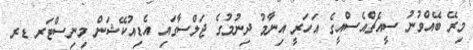
މިރޭ ބޭއްވުނު ސީއެޗްއެސްއީގެ އަހަރީ އިނާމު ދިނުމުގެ ޖަލްސާގައި އެޑިއުކޭޝަން މިނިސްޓަރ ޑރ